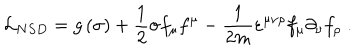
{ \cal L } _ { N S D } = g \left( \sigma \right) + \frac 1 { 2 } \sigma f _ { \mu } f ^ { \mu } - \frac 1 { 2 m } \varepsilon ^ { \mu \nu \rho } f _ { \mu } \partial _ { \nu } f _ { \rho } \; .